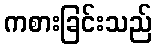
ကစားခြင်းသည်